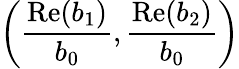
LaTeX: \left(\frac{\mathrm{Re}(b_{1})}{b_{0}},\frac{\mathrm{Re}(b_{2})}{b_{0}}\right)